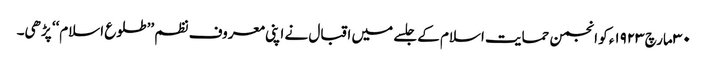
٣٠ مارچ ١٩٢٣ء کو انجمن حمایت اسلام کے جلسے میں اقبال نے اپنی معروف نظم ’’طلوع اسلام‘‘ پڑھی۔